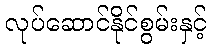
လုပ်ဆောင်နိုင်စွမ်းနှင့်